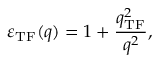
\varepsilon _ { \mathrm { T F } } ( q ) = 1 + \frac { q _ { \mathrm { T F } } ^ { 2 } } { q ^ { 2 } } ,